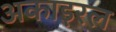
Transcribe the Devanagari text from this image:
अकाइरल